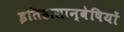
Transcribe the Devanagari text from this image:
इतिहासान्वेषियों